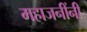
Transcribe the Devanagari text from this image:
महाजनींनी